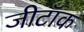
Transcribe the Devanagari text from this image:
जीटॉक